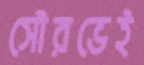
সৌরভেই